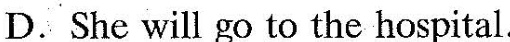
D.She will go to the hospital.